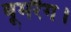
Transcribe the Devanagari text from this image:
बूमरैंग।